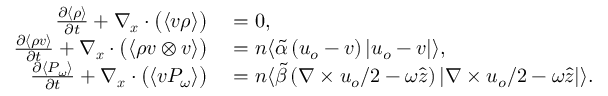
\begin{array} { r l } { \frac { \partial \langle \rho \rangle } { \partial t } + \nabla _ { \boldsymbol { x } } \cdot \big ( \langle \boldsymbol { v } \rho \rangle \big ) } & { { } = 0 , } \\ { \frac { \partial \langle \rho \boldsymbol { v } \rangle } { \partial t } + \nabla _ { \boldsymbol { x } } \cdot \big ( \langle \rho \boldsymbol { v } \otimes \boldsymbol { v } \rangle \big ) } & { { } = n \langle \widetilde { \alpha } \left( \boldsymbol { u } _ { o } - \boldsymbol { v } \right) \left| \boldsymbol { u } _ { o } - \boldsymbol { v } \right| \rangle , } \\ { \frac { \partial \langle P _ { \omega } \rangle } { \partial t } + \nabla _ { \boldsymbol { x } } \cdot \big ( \langle \boldsymbol { v } P _ { \omega } \rangle \big ) } & { { } = n \langle \widetilde { \beta } \left( \nabla \times \boldsymbol { u } _ { o } / 2 - \omega \hat { \boldsymbol { z } } \right) \left| \nabla \times \boldsymbol { u } _ { o } / 2 - \omega \hat { \boldsymbol { z } } \right| \rangle . } \end{array}